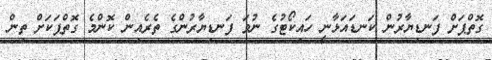
ގޮތްޕަށް ފަނޑިޔާރުން ކަނޑައަޅާނީ ހައިކޯޓުގެ ނުވަ ފަނޑިޔާރުންގެ ތެރެއިން ކޮންމެ ގޮތްޕަކަށް ތިން